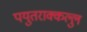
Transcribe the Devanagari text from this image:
पयुतराक्कल्लु